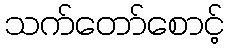
သက်တော်စောင့်